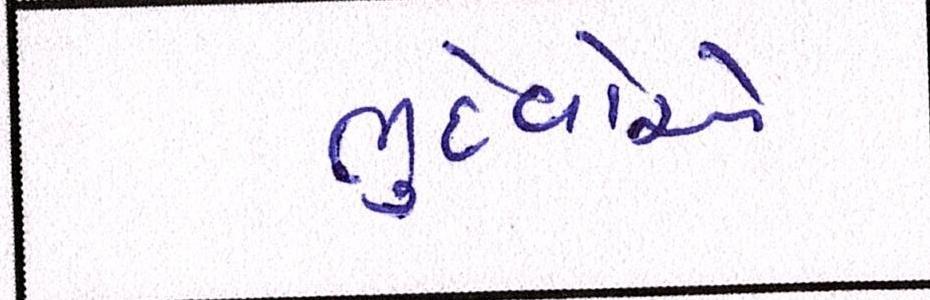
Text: ભુદેવોએ